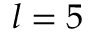
l = 5